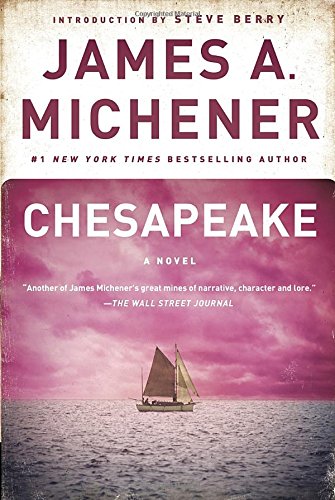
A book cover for Chesapeake: A Novel; James A. Michener; Literature & Fiction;